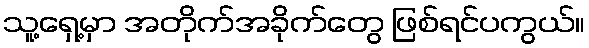
သူ့ရှေ့မှာ အတိုက်အခိုက်တွေ ဖြစ်ရင်ပကွယ်။